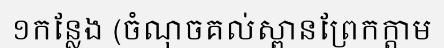
១កន្លែង (ចំណុចគល់ស្ពានព្រែកក្តាម